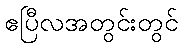
ဧပြီလအတွင်းတွင်